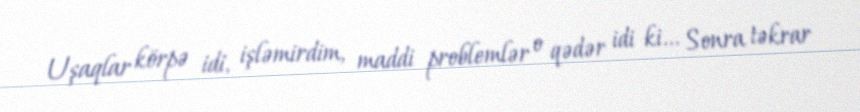
Uşaqlar körpə idi, işləmirdim, maddi problemlər o qədər idi ki... Sonra təkrar